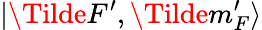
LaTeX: |\Tilde{F^{\prime}},\Tilde{m_{F}^{\prime}}\rangle